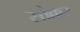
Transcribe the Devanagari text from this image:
सौक्कर